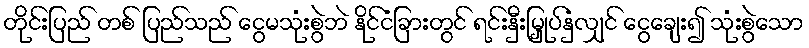
တိုင်းပြည် တစ် ပြည်သည် ငွေမသုံးစွဲဘဲ နိုင်ငံခြားတွင် ရင်းနှီးမြှုပ်နှံလျှင် ငွေချေး၍ သုံးစွဲသော